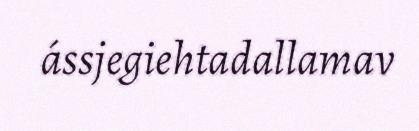
ássjegiehtadallamav